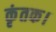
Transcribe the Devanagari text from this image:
कृंतक।